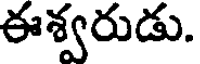
ఈశ్వరుడు.